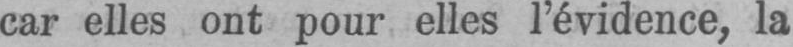
car elles ont pour elles l’évidence, la